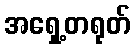
အရှေ့တရုတ်